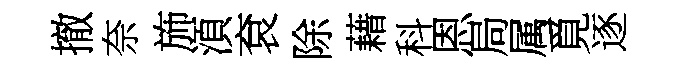
撤奈斾湏袞除藉科恩局属覓逐